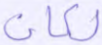
لكان